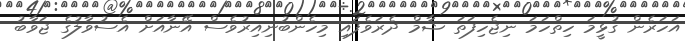
އަހަރެން ގުޅީމަ ހިތްހަމަ ނިޖެހިފަތަ ޝާމް ދެރަވެފައި މިހެންބުނިއިރުވެސް އޭނާއަށް އެސުވާލުގެ ޖަވާބު